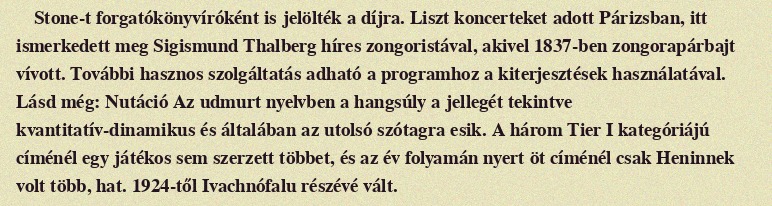
Stone-t forgatókönyvíróként is jelölték a díjra. Liszt koncerteket adott Párizsban, itt ismerkedett meg Sigismund Thalberg híres zongoristával, akivel 1837-ben zongorapárbajt vívott. További hasznos szolgáltatás adható a programhoz a kiterjesztések használatával. Lásd még: Nutáció Az udmurt nyelvben a hangsúly a jellegét tekintve kvantitatív-dinamikus és általában az utolsó szótagra esik. A három Tier I kategóriájú címénél egy játékos sem szerzett többet, és az év folyamán nyert öt címénél csak Heninnek volt több, hat. 1924-től Ivachnófalu részévé vált.